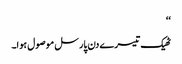
‘‘
ٹھیک تیسرے دن پارسل موصول ہوا۔